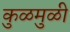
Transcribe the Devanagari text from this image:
कुळमुळी